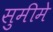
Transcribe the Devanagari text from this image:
सुमीमे